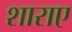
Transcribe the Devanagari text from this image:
शाराए